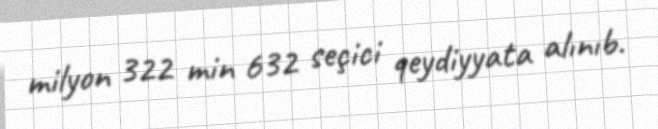
milyon 322 min 632 seçici qeydiyyata alınıb.